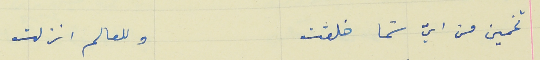
تخمين من ايّ سَما خلقت                               وللعالم انزلت